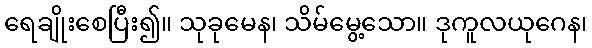
ရေချိုးစေပြီး၍။ သုခုမေန၊ သိမ်မွေ့သော။ ဒုကူလယုဂေန၊